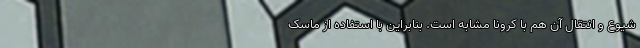
شیوع و انتقال آن هم با کرونا مشابه است. بنابراین با استفاده از ماسک